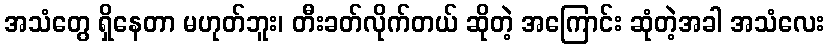
အသံတွေ ရှိနေတာ မဟုတ်ဘူး၊ တီးခတ်လိုက်တယ် ဆိုတဲ့ အကြောင်း ဆုံတဲ့အခါ အသံလေး